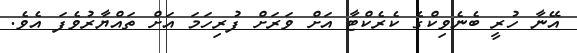
އޭނާ ހުރީ ބެނެވިކްގެ ކެރެކްޓާ އަށް ވަރަށް ފުރިހަމަ އަށް ތައްޔާރުވެފަ އެވެ.